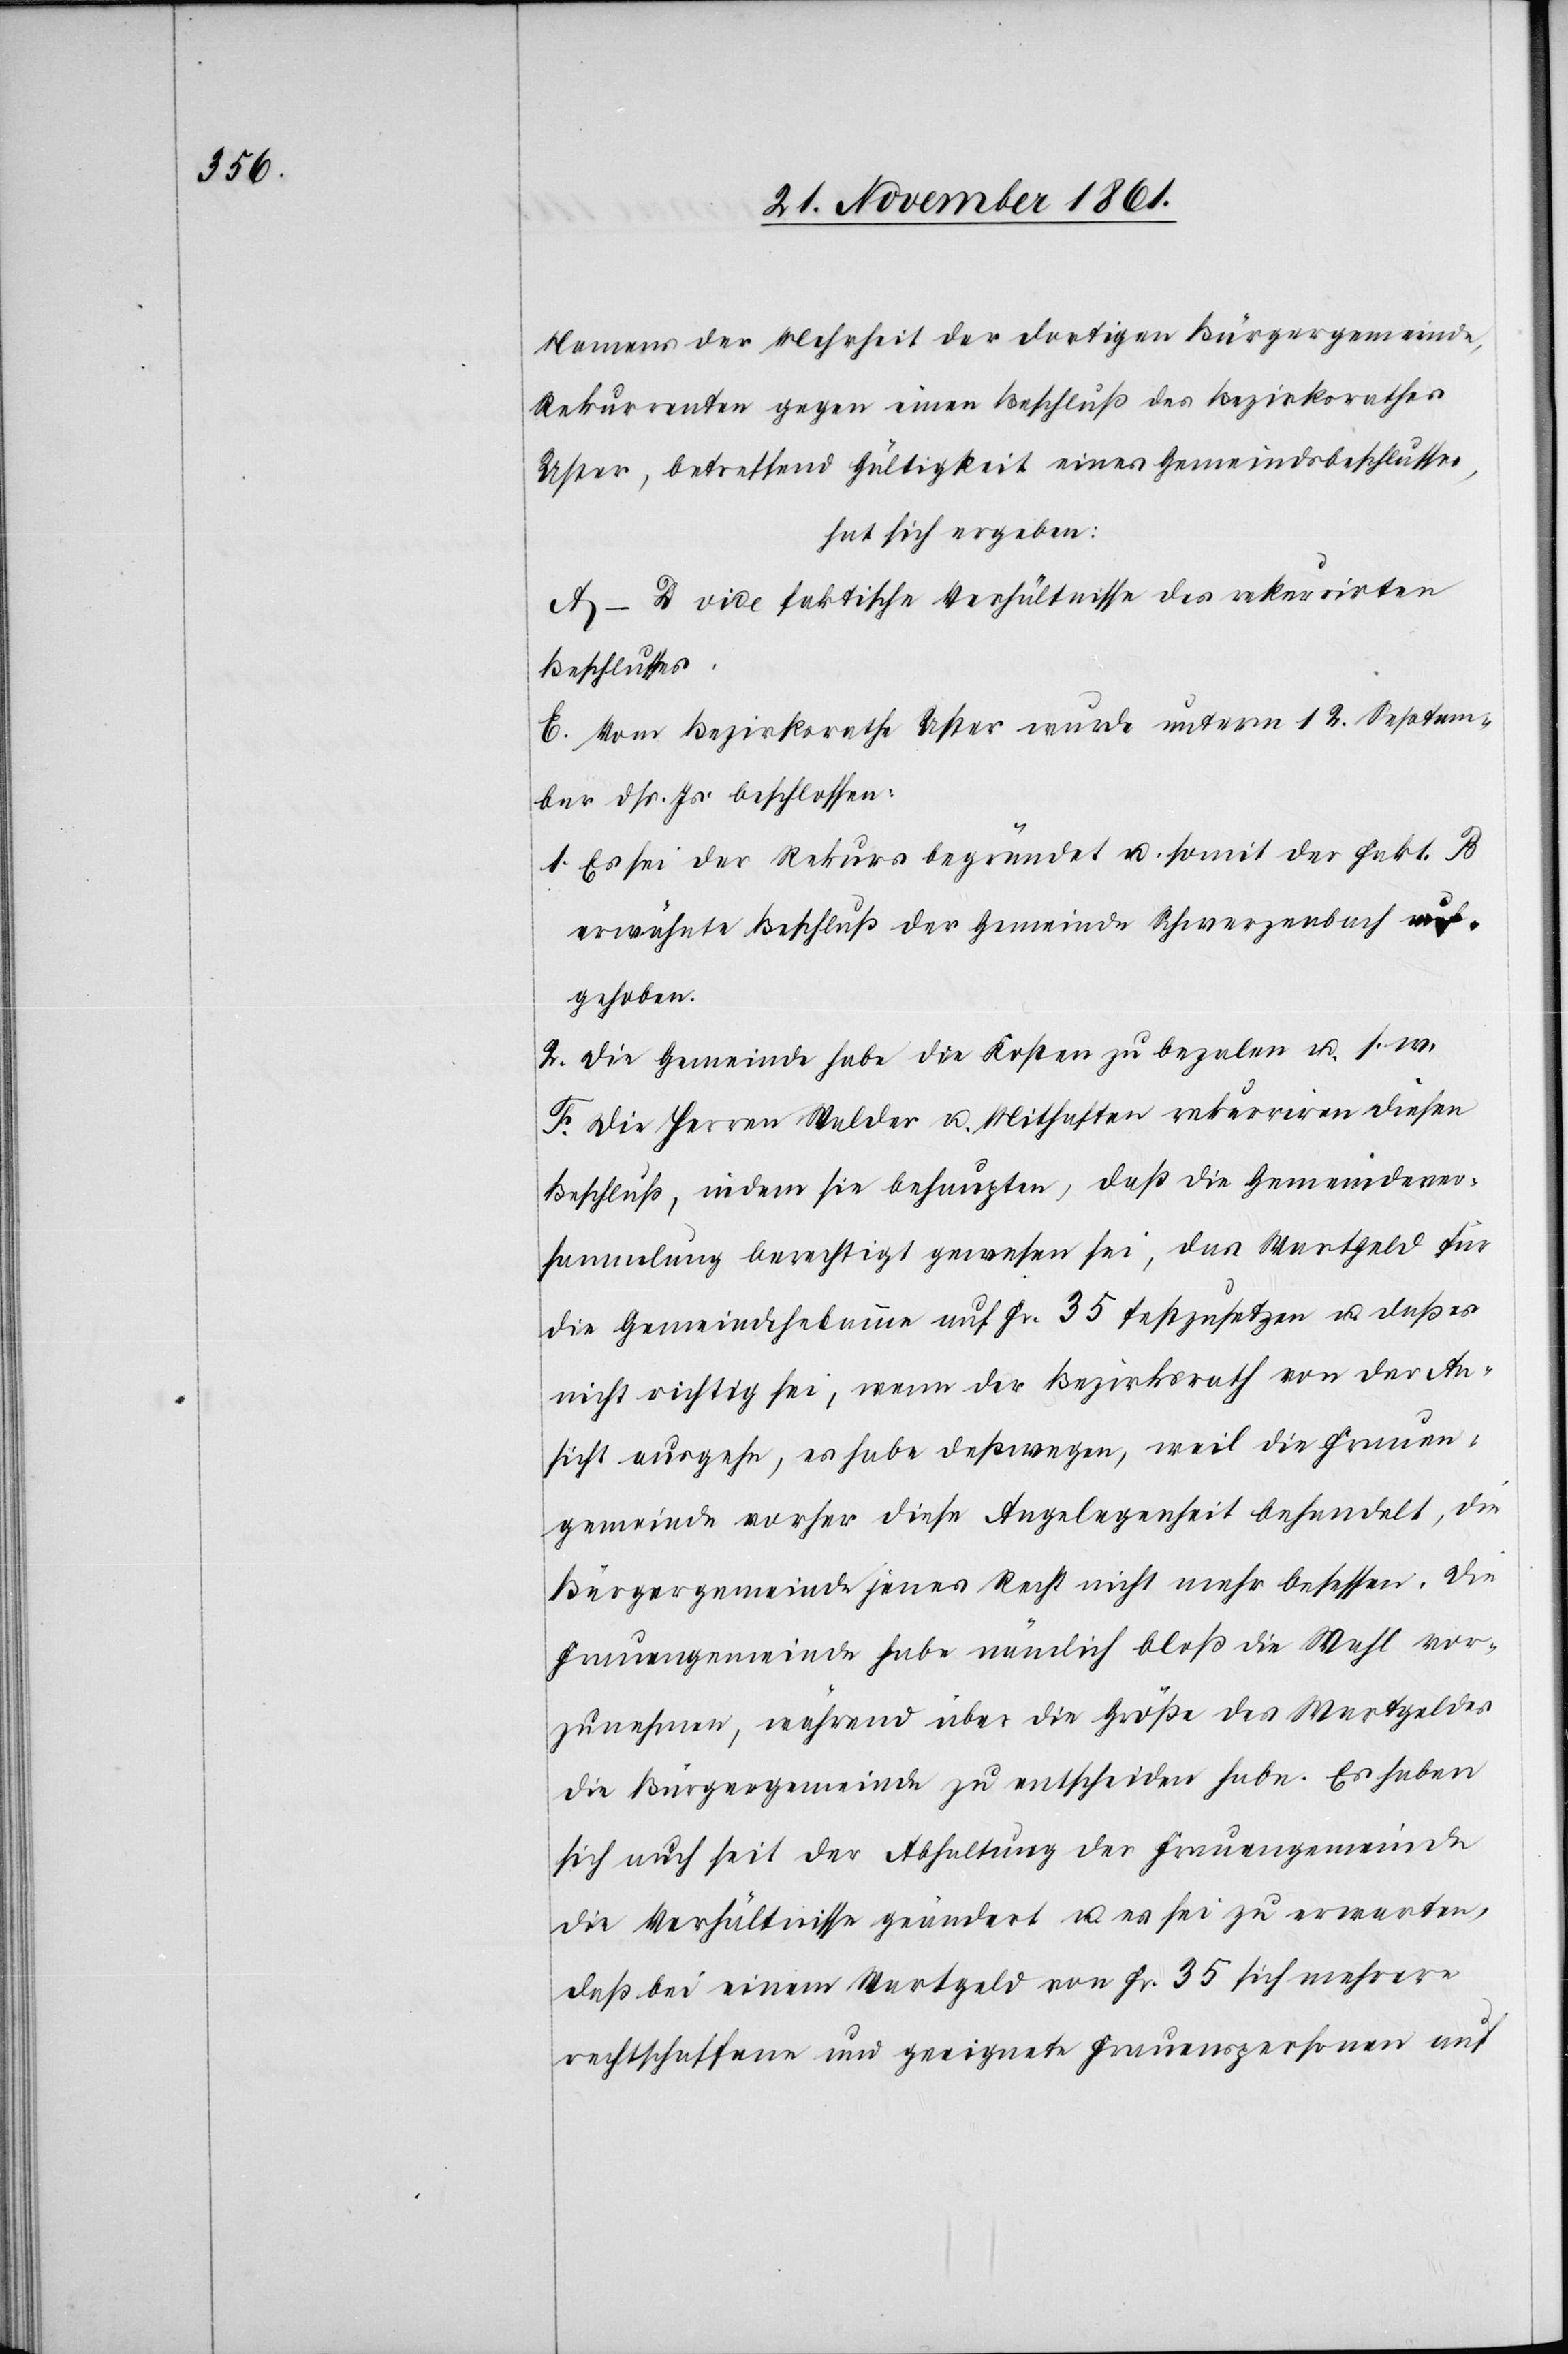
Namens der Mehrheit der dortigen Bürgergemeinde,
Rekurrenten gegen einen Beschluß des Bezirksrathes
Uster, betreffend Gültigkeit eines Gemeindsbeschlusses,
hat sich ergeben:
A–D vide faktische Verhältnisse des rekurrirten
Beschlusses.
E. Vom Bezirksrathe Uster wurde unterm 12 Septem¬
ber dß. Js. beschlossen:
1. Es sei der Rekurs begründet u. somit der Fakt. B
erwähnte Beschluß der Gemeinde Schwerzenbach auf¬
gehoben.
2. Die Gemeinde habe die Kosten zu bezalen u. s. w.
F. Die Herren Walder u. Mithaften rekurriren diesen
Beschluß, indem sie behaupten, daß die Gemeindever¬
sammlung berechtigt sei, das Wartgeld für die
nicht richtig sei, wenn der Bezirksrath von der An¬
sicht ausgehe, es habe deßwegen, weil die Frauen¬
gemeinde vorher diese Angelegenheit behandelt, die
Bürgergemeinde jenes Recht nicht mehr besessen. Die
Frauengemeinde habe nämlich bloß die Wahl vor¬
zunehmen, während über die Größe des Wartgeldes
die Bürgergemeinde zu entscheiden habe. Es haben
sich auch seit der Abhaltung der Frauengemeinde
die Verhältnisse geändert u. es sei zu erwarten,
daß bei einem Wartgeld von Fr. 35 sich mehrere
rechtschaffene und geeignete Frauenpersonen auf